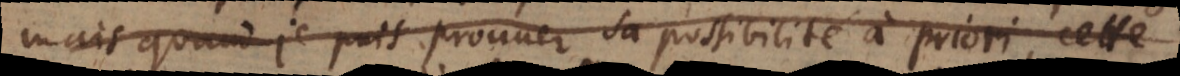
mais quand je puis prouver sa possibilité à priori, c